Civil Veterinary Department. Madras. Admin. report 1926-33 - 1926-1933
Year: 1926
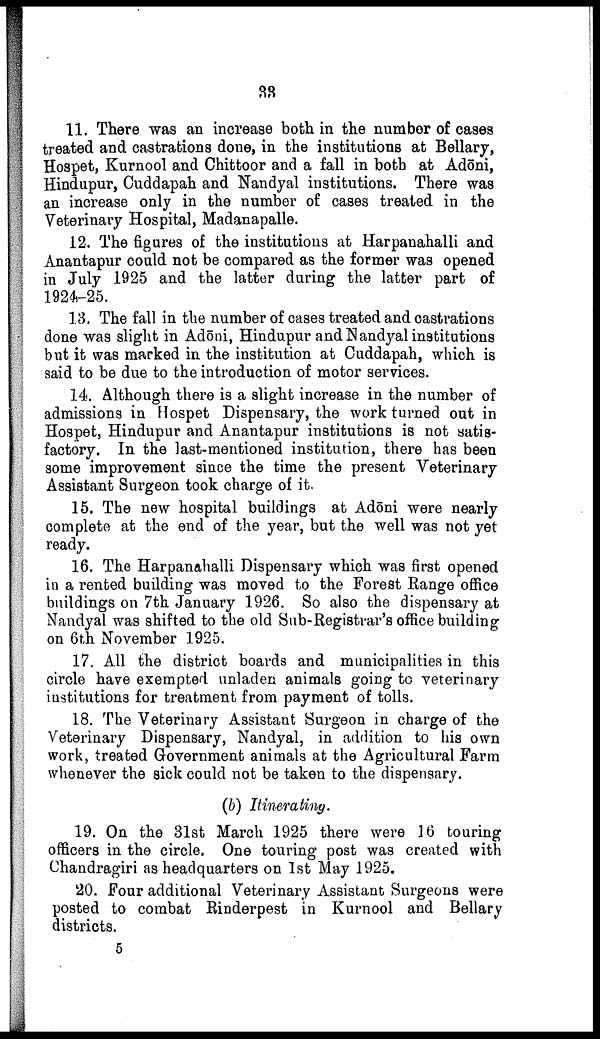
33
11. There was an increase both in the number of eases
treated and castrations done, in the institutions at Bellary,
Hospet, Kurnool and Chittoor and a fall in both at Adōni,
Hindupur, Cuddapah and Nandyal institutions. There was
an increase only in the number of cases treated in the
Veterinary Hospital, Madanapalle.
12. The figures of the institutions at Harpanahalli and
Anantapur could not be compared as the former was opened
in July 1925 and the latter during the latter part of
1924-25.
13. The fall in the number of cases treated and castrations
done was slight in Adōni, Hindupur and Nandyal institutions
but it was marked in the institution at Cuddapah, which is
said to be due to the introduction of motor services.
14. Although there is a slight increase in the number of
admissions in Hospet Dispensary, the work turned out in
Hospet, Hindupur and Anantapur institutions is not satis
factory. In the last-mentioned institution, there has been
some improvement since the time the present Veterinary
Assistant Surgeon took charge of it.
15. The new hospital buildings at Adōni were nearly
complete at the end of the year, but the well was not yet
ready.
16. The Harpanahalli Dispensary which was first opened
in a rented building was moved to the Forest Range office
buildings on 7th January 1926. So also the dispensary at
Nandyal was shifted to the old Sub-Registrar's office building
on 6th November 1925.
17. All the district boards and municipalities in this
circle have exempted unladen animals going to veterinary
institutions for treatment from payment of tolls.
18. The Veterinary Assistant Surgeon in charge of the
Veterinary Dispensary, Nandyal, in addition to his own
work, treated Government animals at the Agricultural Farm
whenever the sick could not be taken to the dispensary.
(b) Itinerating.
19. On the 31st March 1925 there were 16 touring
officers in the circle. One touring post was created with
Chandragiri as headquarters on 1st May 1925.
20. Four additional Veterinary Assistant Surgeons were
posted to combat Rinderpest in Kurnool and Bellary
districts.
5